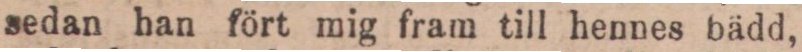
sedan han fört mig fram till hennes bädd,